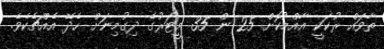
ތާވައް ރުކަކީ އާއްމުކޮށް 25 ން 35 މީޓަރުގެ ދިގުމިނަށް ހެދޭ އެއްޗެކެވެ.